Indian journal of veterinary science and animal husbandry - Volumes 28-29, 1958-1959
Year: 1958
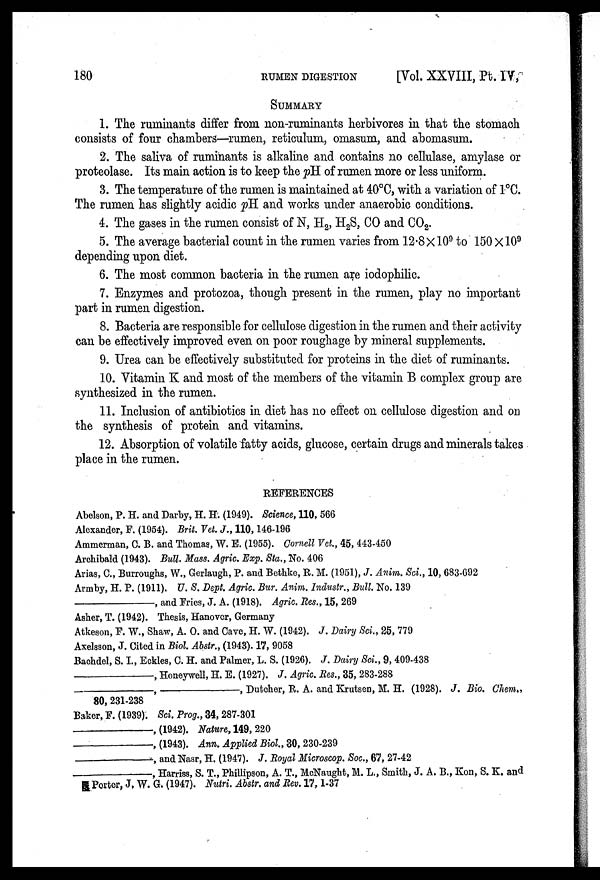
180
RUMEN DIGESTION
[Vol. XXVIII, Pt. IV,
SUMMARY
1. The ruminants differ from non-ruminants herbivores in that the stomach
consists of four chambers—rumen, reticulum, omasum, and abomasum.
2. The saliva of ruminants is alkaline and contains no cellulase, amylase or
proteolase. Its main action is to keep the pH of rumen more or less uniform.
3. The temperature of the rumen is maintained at 40°C, with a variation of 1°C.
The rumen has slightly acidic pH and works under anaerobic conditions.
4. The gases in the rumen consist of N, H 2 , H 2 S, CO and CO 2 .
5. The average bacterial count in the rumen varies from 12.8×10 9 to 150×10 9
depending upon diet.
6. The most common bacteria in the rumen are iodophilic.
7. Enzymes and protozoa, though present in the rumen, play no important
part in rumen digestion.
8. Bacteria are responsible for cellulose digestion in the rumen and their activity
can be effectively improved even on poor roughage by mineral supplements.
9. Urea can be effectively substituted for proteins in the diet of ruminants.
10. Vitamin K and most of the members of the vitamin B complex group are
synthesized in the rumen.
11. Inclusion of antibiotics in diet has no effect on cellulose digestion and on
the synthesis of protein and vitamins.
12. Absorption of volatile fatty acids, glucose, certain drugs and minerals takes
place in the rumen.
REFERENCES
Abelson, P. H. and Darby, H. H. (1949). Science, 110, 566
Alexander, F. (1954). Brit. Vet. J., 110, 146-196
Ammerman, C. B. and Thomas, W. E. (1955). Cornell Vet., 45, 443-450
Archibald (1943). Bull. Mass. Agric. Exp. Sta., No. 406
Arias, C., Burroughs, W., Gerlaugh, P. and Bethke, R. M. (1951), J. Anim. Sci., 10, 683-692
Armby, H. P. (1911). U. S. Dept. Agric. Bur. Anim. Industr., Bull. No. 139
—,
and Fries, J. A. (1918). Agric. Res., 15, 269
Asher, T. (1942). Thesis, Hanover, Germany
Atkeson, F. W., Shaw, A. O. and Cave, H. W. (1942). J. Dairy Sci., 25, 779
Axelsson, J. Cited in Biol. Abstr., (1943). 17, 9058
Bachdel, S. I., Eckles, C. H. and Palmer, L. S. (1926). J. Dairy Sci., 9, 409-438
—,
Honeywell, H. E. (1927). J. Agric. Res., 35, 283-288
—,
—
Dutcher, R. A. and Krutsen, M. H. (1928). J. Bio. Chem.,
80, 231-238
Baker, F. (1939). Sci. Prog., 34, 287-301
—,
(1942). Nature, 149, 220
—,
(1943). Ann. Applied Biol., 30, 230-239
—,
and Nasr, H. (1947). J. Royal Microscop. Soc., 67, 27-42
—,
Harriss, S. T., Phillipson, A. T., McNaught, M. L., Smith, J. A. B., Kon, S. K. and
Porter, J, W. G. (1947). Nutri. Abstr. and Rev. 17, 1-37